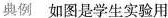
典例 如图是学生实验用